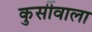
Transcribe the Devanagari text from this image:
कुर्सीवाला